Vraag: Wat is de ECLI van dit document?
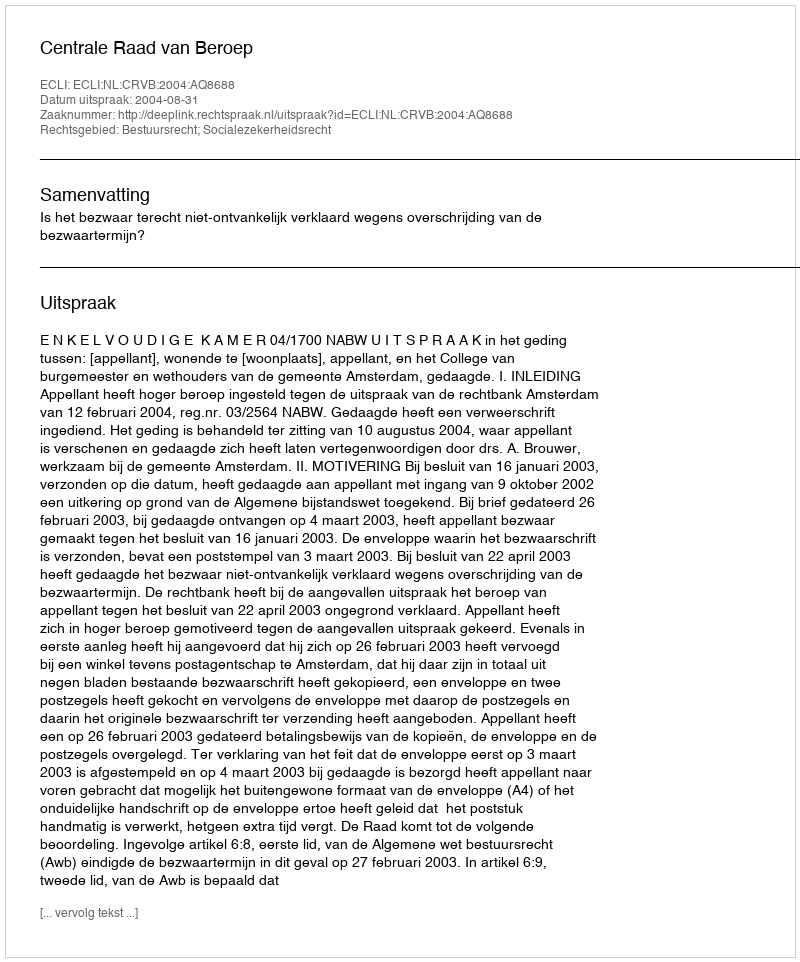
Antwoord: ECLI:NL:CRVB:2004:AQ8688